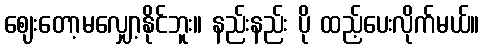
ဈေးတော့မလျှော့နိုင်ဘူး။ နည်းနည်း ပို ထည့်ပေးလိုက်မယ်။